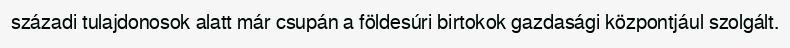
századi tulajdonosok alatt már csupán a földesúri birtokok gazdasági központjául szolgált.